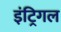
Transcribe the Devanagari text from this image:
इंट्रिगल